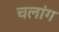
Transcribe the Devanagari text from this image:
चलांग